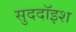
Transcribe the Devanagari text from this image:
सुददॉइश